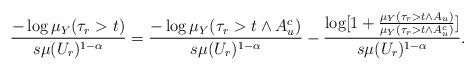
LaTeX: \begin{align*}\frac{-\log \mu_Y(\tau_r > t)}{s\mu(U_r)^{1-\alpha}}= \frac{- \log \mu_Y(\tau_r > t \wedge A_u^c)}{s\mu(U_r)^{1-\alpha}}-\frac{\log[1 + \frac{\mu_Y(\tau_r > t \wedge A_u)}{\mu_Y(\tau_r > t \wedge A_u^c)}]}{s\mu(U_r)^{1-\alpha}}.\end{align*}